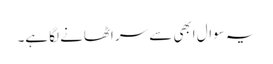
یہ سوال ابھی سے سر اٹھانے لگا ہے۔